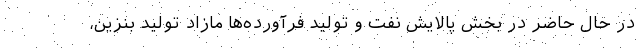
در حال حاضر در بخش پالایش نفت و تولید فرآورده‌ها مازاد تولید بنزین،